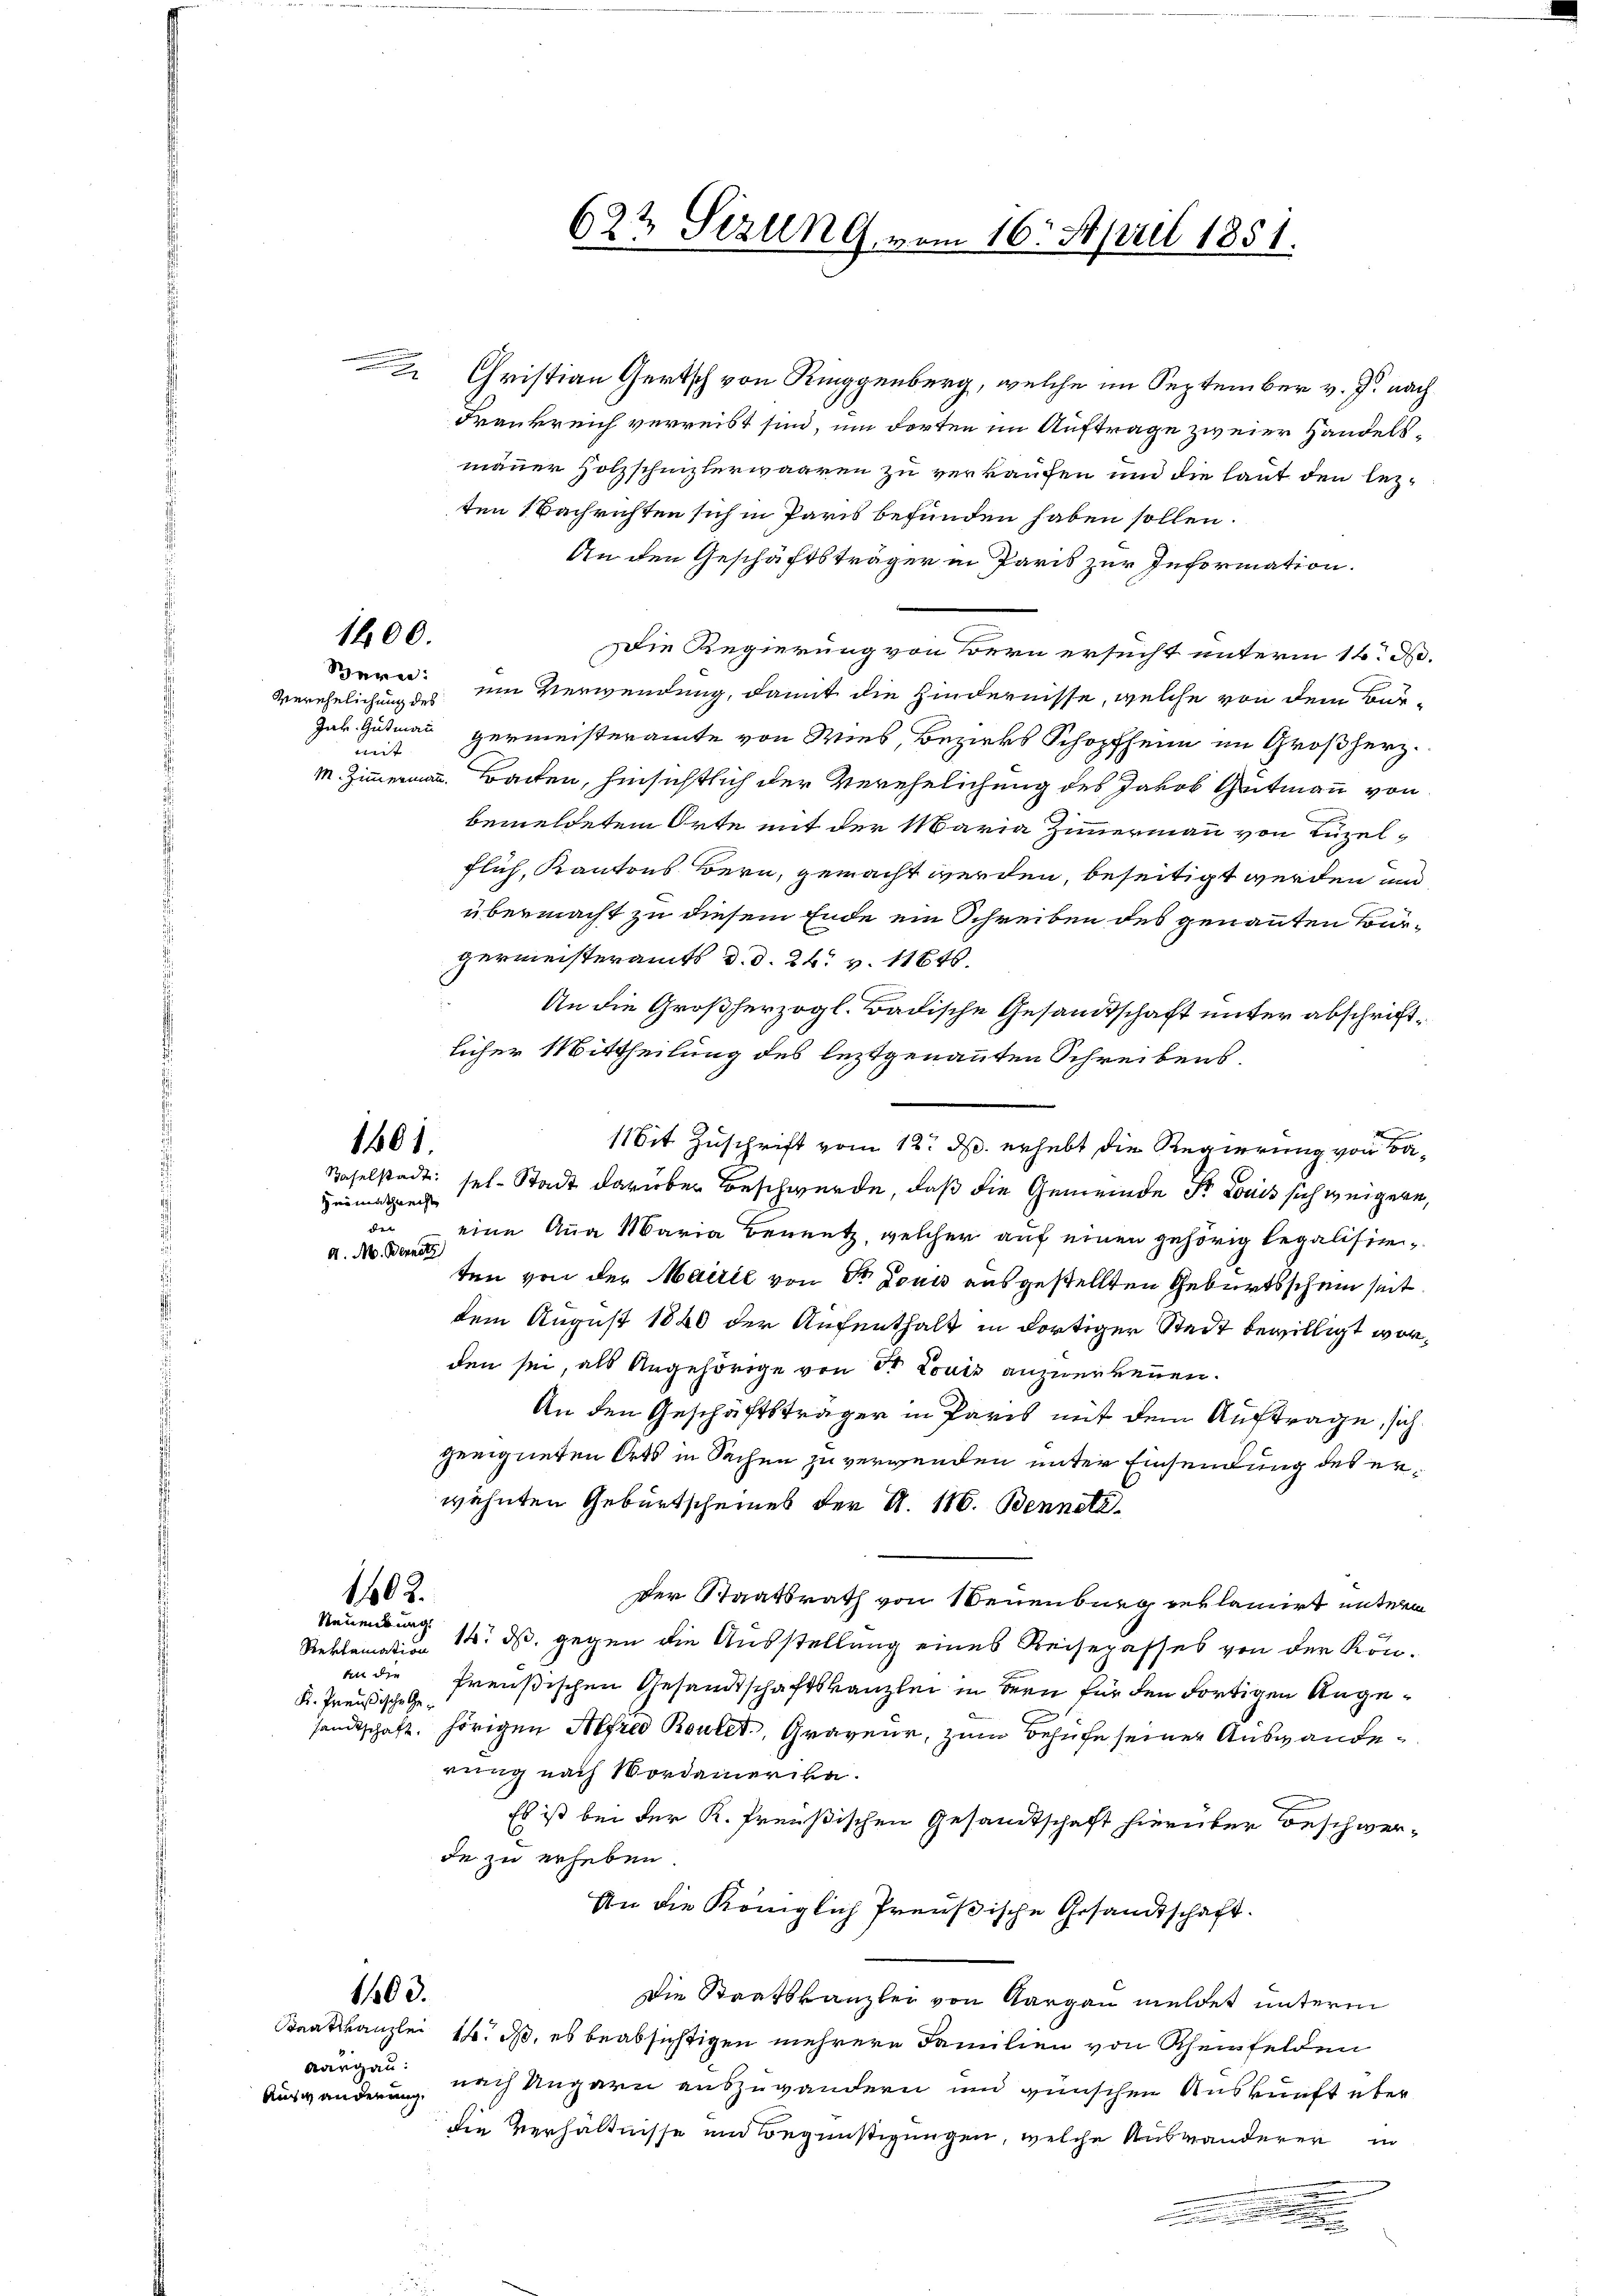
1400.

Verehelichung des
mit

Christian Gertsch von Ringgenberg, welche im September v. J. nach
Frankreich verreist sind, um dorten im Auftrage zweier Handelsmäuer Holzschnizlerwaaren zu verkaufen und die laut den lezten 1 Nachrichten sich in Paris befunden haben sollen.
An den Geschäftsträger in Paris zur Information.
Die Regierung von Bern ersucht unterm 16. d.
Seren um Verwendung, damit die Hindernisse, welche von dem Bur-
Jak. Gutmann Hermeisteramte von Wies, Bezirks Schopfheim im Großherz¬
M. Zimmermann. Bracken, hinsichtlich der Verehelichung des Jakob Geitmann von
bemeldetem Orte mit der Maria Zimmermann von Luzelflich, Kantons Bern, gemacht werden, beseitigt werden und
übermacht zu diesem Ende ein Schreiben des genannten Bürgermeisteramts d. d. 26. v. 11646.
An die Großherzogl. Badische Gesandtschaft unter abschriftlicher Mittheilung des leztgenannten Schreibens¬
Mit Zuschrift vom 12. d. erhebt die Regierung von Ba¬
Baselstadt: sel. Stadt darüber Beschwerde, daß die Gemeinde Fr. Louis sich weigern,
eine Anna Maria Benutz, welcher auf einen gehörig legalisie¬
A. M. Bernst
ten von der Marie von Dr Louis ausgestellten Geburtsschein seit
dem August 1840 der Aufenthalt in dortiger Stadt bewilligt worden sei, als Angehörige von Dr Louis anzuerkennen.
An den Geschäftsträger in Paris mit dem Auftrage, sich
geeigneten Orts in Sachen zu verwenden unter Einsendung des erwähnten Geburtscheines der A. 116. Benneli.
1462.
Der Staatsrath von Neuenburg reklamirt unterm
Neuenburg.
14. ds. gegen die Ausstellung eines Reisepasses von der Kön¬
Reklamation
an die Preußischen Gesandtschaftskanzlei in dern für den fortigen Ange¬
K. Preußische Gesandtschaft, hörigen Alfred Bautet, Graveur, zum Behufe seiner Auswanderung nach Nordamerika.
Es ist bei der K. Preußischen Gesamtschaft hierüber deschwer-
de zu erheben
An die Königlich Preußische Gesandtschaft.
1103.
Die Staatskanzlei von Aargau meldet unterm
Staatskanzlei 16. d. es beabsichtigen mehrere Familien von Rheinfelden
Aargau.
nach Ungarn auszugandern und wünschen Auskunft über
Auswänderung,
die Verhältnisse und Begünstigungen, welche Auswanderer in
.

1101.

Heimathrecht

au

622 Sizung vom 16. April 1851.